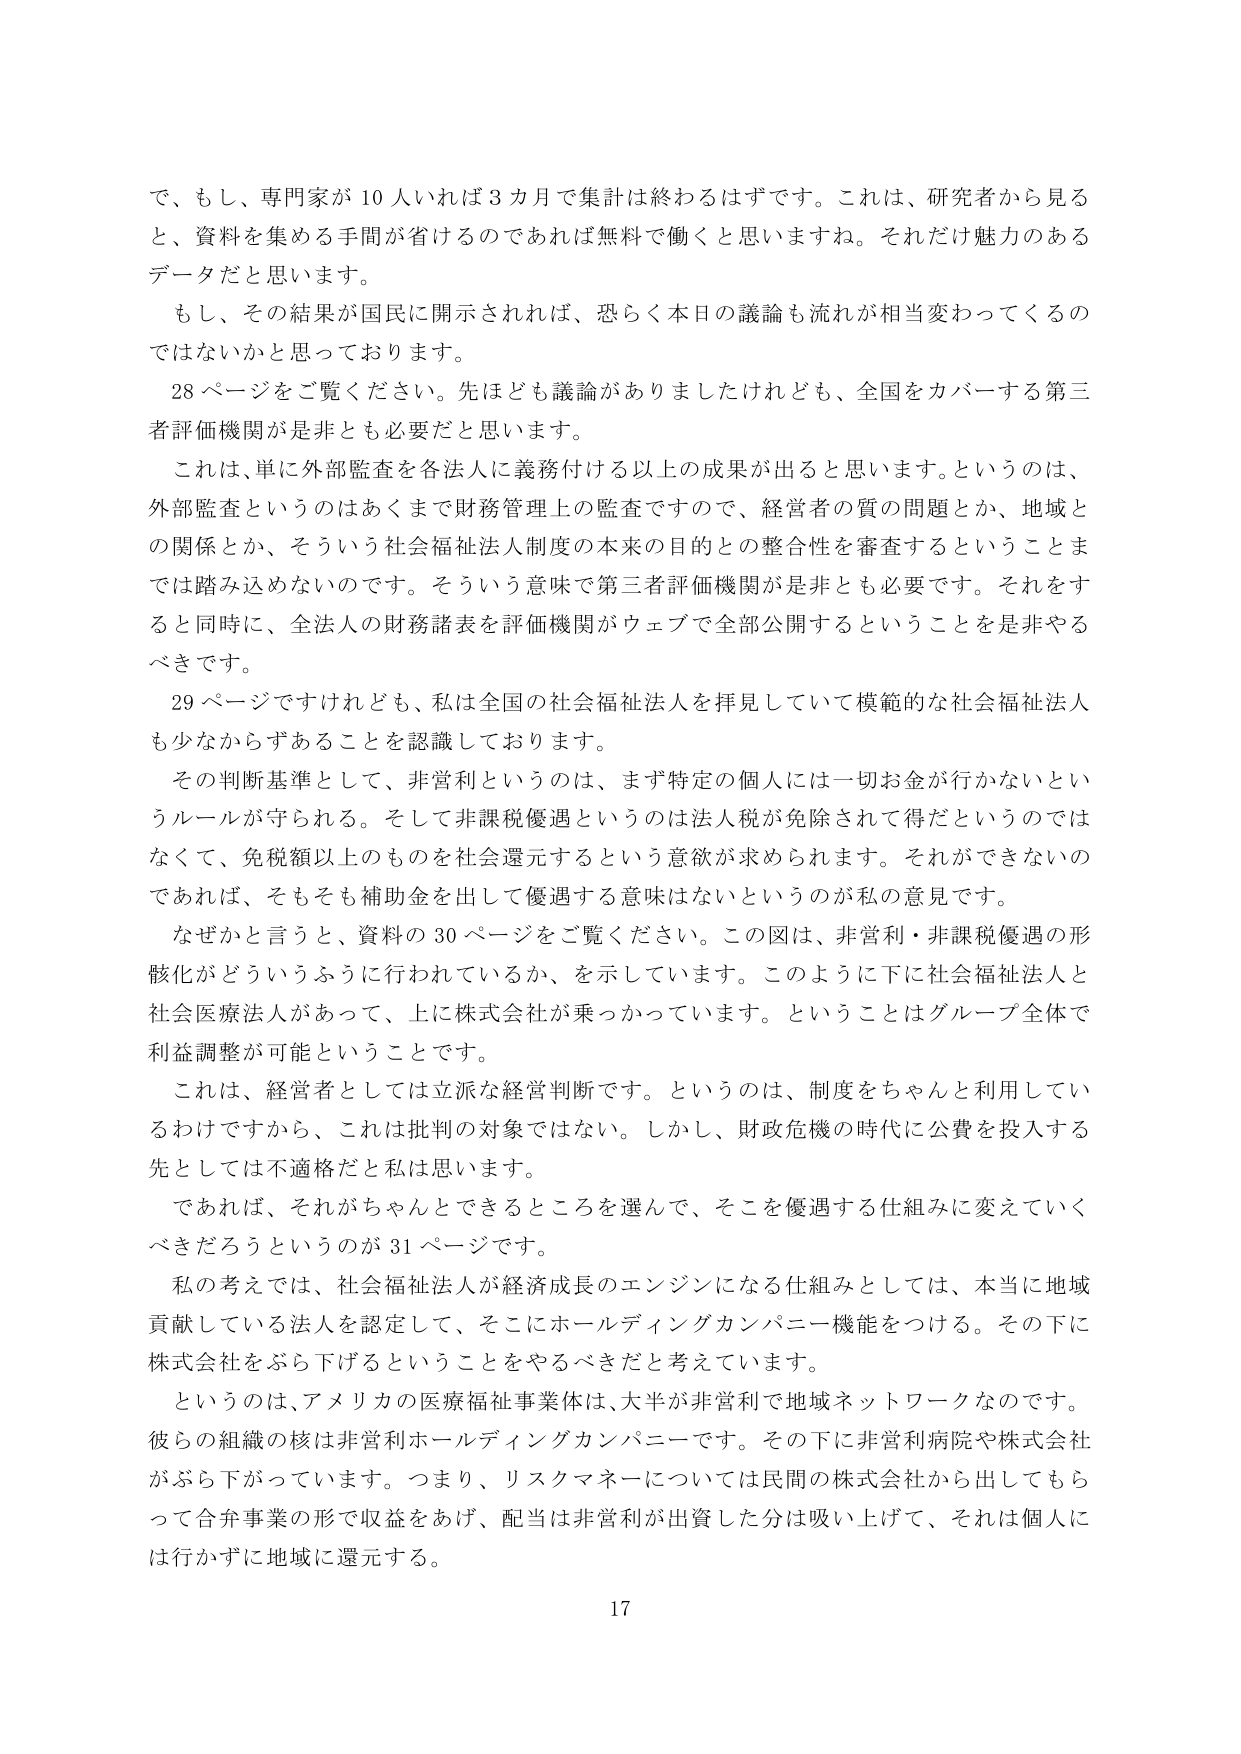
で、もし、専門家が10人いれば3カ月で集計は終わるはずです。これは、研究者から見ると、資料を集める手間が省けるのであれば無料で働くと思いますね。それだけ魅力のあるデータだと思います。

もし、その結果が国民に開示されれば、恐らく本日の議論も流れが相当変わってくるのではないかと思っております。

28ページをご覧ください。先ほども議論がありましたけれども、全国をカバーする第三者評価機関が是非とも必要だと思います。

これは、単に外部監査を各法人に義務付ける以上の成果が出ると思います。というのは、外部監査というのはあくまで財務管理上の監査ですので、経営者の質の問題とか、地域との関係とか、そういう社会福祉法人制度の本来の目的との整合性を審査するということまでは踏み込めないのです。そういう意味で第三者評価機関が是非とも必要です。それをすると同時に、全法人の財務諸表を評価機関がウェブで全部公開するということを是非やるべきです。

29ページですけれども、私は全国の社会福祉法人を拝見していて模範的な社会福祉法人も少なからずあることを認識しております。

その判断基準として、非営利というのは、まず特定の個人には一切お金が行かないというルールが守られる。そして非課税優遇というのは法人税が免除されて得だというのではなくて、免税額以上のものを社会還元するという意欲が求められます。それができないのであれば、そもそも補助金を出して優遇する意味はないというのが私の意見です。

なぜかと言うと、資料の30ページをご覧ください。この図は、非営利・非課税優遇の形骸化がどういうふうに行われているか、を示しています。このように下に社会福祉法人と社会医療法人があって、上に株式会社が乗っかっています。ということはグループ全体で利益調整が可能ということです。

これは、経営者としては立派な経営判断です。というのは、制度をちゃんと利用しているわけですから、これは批判の対象ではない。しかし、財政危機の時代に公費を投入する先としては不適格だと私は思います。

であれば、それがちゃんとできるところを選んで、そこを優遇する仕組みに変えていくべきだろうというのが31ページです。

私の考えでは、社会福祉法人が経済成長のエンジンになる仕組みとしては、本当に地域貢献している法人を認定して、そこにホールディングカンパニー機能をつける。その下に株式会社をぶら下げるということをやるべきだと考えています。

というのは、アメリカの医療福祉事業体は、大半が非営利で地域ネットワークなのです。彼らの組織の核は非営利ホールディングカンパニーです。その下に非営利病院や株式会社がぶら下がっています。つまり、リスクマネーについては民間の株式会社から出してもらって合弁事業の形で収益をあげ、配当は非営利が出資した分は吸い上げて、それは個人には行かずに地域に還元する。

17